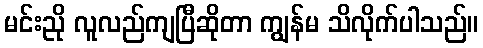
မင်းညို လူလည်ကျပြီဆိုတာ ကျွန်မ သိလိုက်ပါသည်။